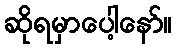
ဆိုရမှာပေါ့နော်။